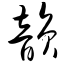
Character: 韵